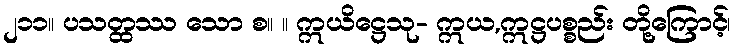
၂၁၁။ ပသတ္ထဿ သော စ။ ။ ဣယိဋ္ဌေသု- ဣယ,ဣဋ္ဌပစ္စည်း တို့ကြောင့်၊